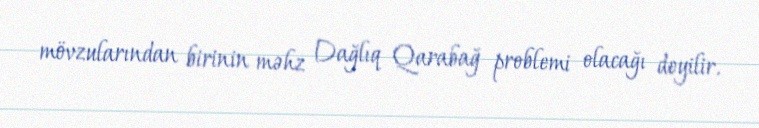
mövzularından birinin məhz Dağlıq Qarabağ problemi olacağı deyilir.